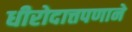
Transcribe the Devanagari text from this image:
धीरोदात्तपणाने